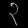
Digit: ၃